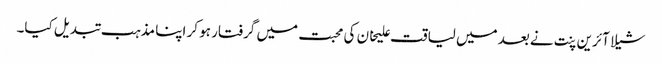
شیلا آئرین پنت نے بعد میں لیاقت علیخان کی محبت میں گرفتار ہو کر اپنا مذہب تبدیل کیا۔